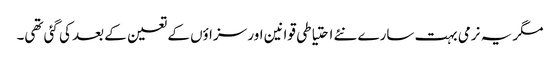
مگر یہ نرمی بہت سارے نئے احتیاطی قوانین اور سزاؤں کے تعین کے بعد کی گئی تھی۔